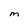
Character: M